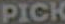
PICK